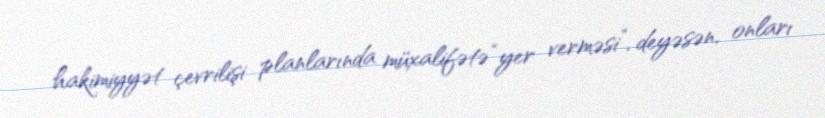
hakimiyyət çevrilişi planlarında müxalifətə “yer verməsi”, deyəsən, onları